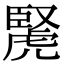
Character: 𧇜